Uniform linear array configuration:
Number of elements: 64
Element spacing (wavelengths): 0.25
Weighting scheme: blackman
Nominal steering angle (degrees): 15
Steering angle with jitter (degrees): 14.904
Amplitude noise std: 0.05
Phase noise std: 0.05

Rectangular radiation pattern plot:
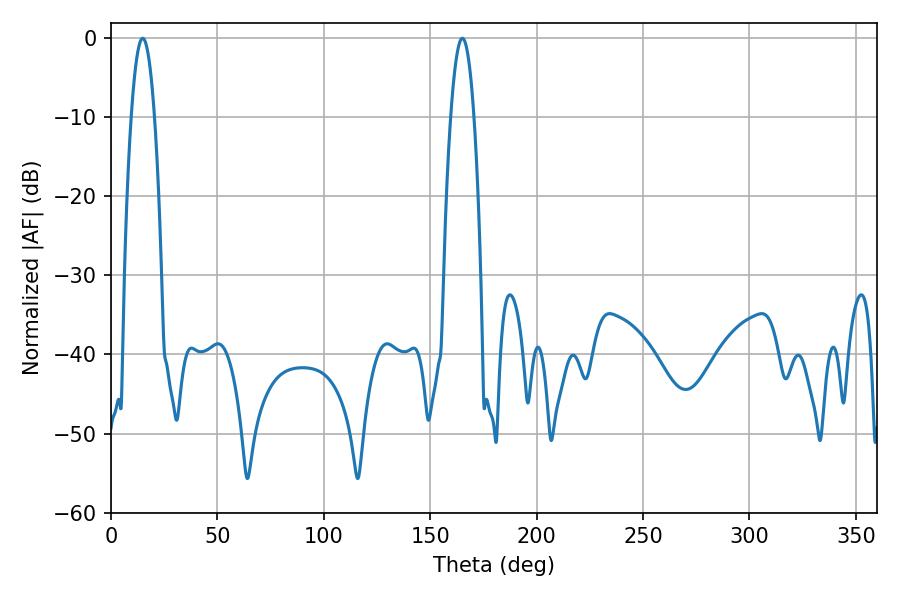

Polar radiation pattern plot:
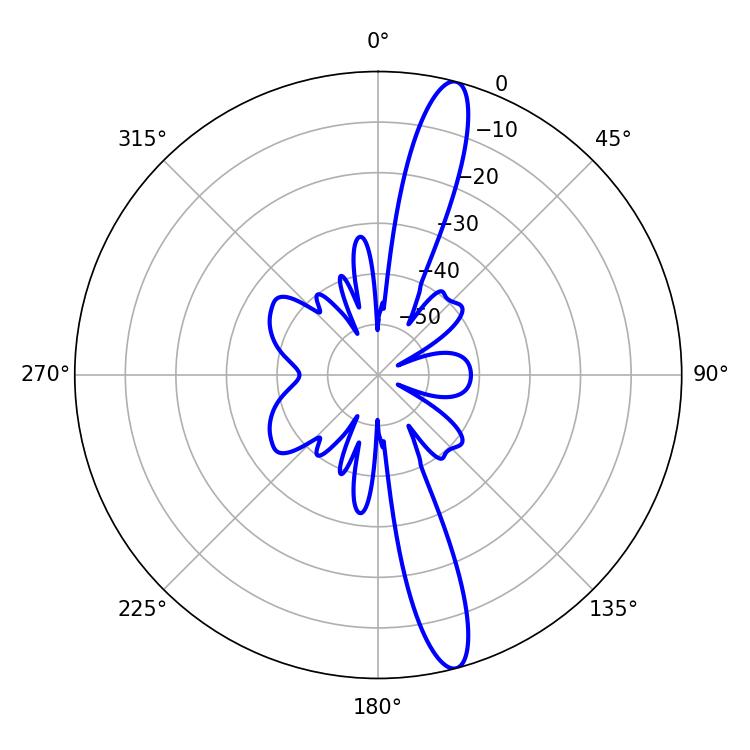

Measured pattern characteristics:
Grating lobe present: FALSE
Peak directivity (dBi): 15.366
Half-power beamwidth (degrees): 5.94
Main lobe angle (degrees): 14.94